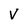
Character: V